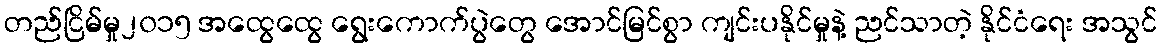
တည်ငြိမ်မှု၂၀၁၅ အထွေထွေ ရွေးကောက်ပွဲတွေ အောင်မြင်စွာ ကျင်းပနိုင်မှုနဲ့ ညင်သာတဲ့ နိုင်ငံရေး အသွင်